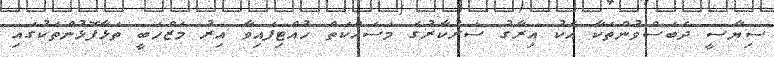
ސިޔާސީ ދެބަސްވުންތަކާ އެކު އިރާގު ސަރުކާރުގެ މަސައްކަތް ހުއްޓިފައިވާ އިރު މަޒްހަބީ ތަޅާފޮޅުންތަކުގައި